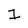
Character: 1